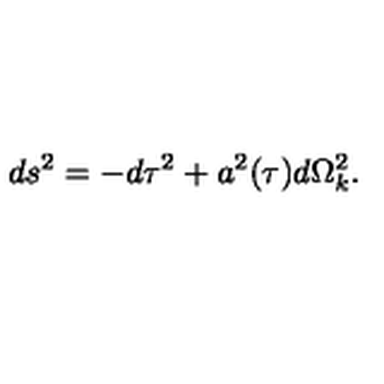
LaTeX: d s ^ { 2 } = - d \tau ^ { 2 } + a ^ { 2 } ( \tau ) d \Omega _ { k } ^ { 2 } .